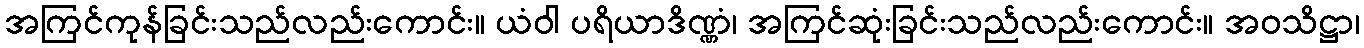
အကြင်ကုန်ခြင်းသည်လည်းကောင်း။ ယံဝါ ပရိယာဒိဏ္ဏံ၊ အကြင်ဆုံးခြင်းသည်လည်းကောင်း။ အဝသိဋ္ဌာ၊